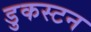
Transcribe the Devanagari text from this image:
डुकस्टन